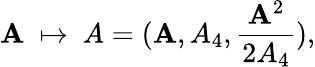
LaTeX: {\mathbf A}\ \mapsto\ A=({\mathbf A},A_{4},\frac{{{\mathbf A}^{2}}}{{2A}_{4}}),